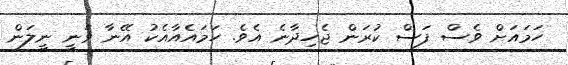
ހަމައަށް ވެސް ފަސް ކުރަން ޖެހިދާނެ އެވެ. ހަމައެއާއެކު އޭނާ ވަނީ ނީލަން